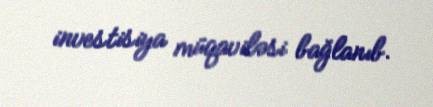
investisiya müqaviləsi bağlanıb.